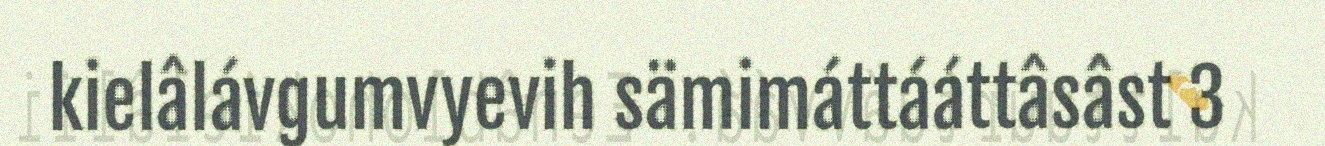
kielâlávgumvyevih sämimáttááttâsâst 3